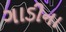
ગાડીના